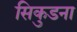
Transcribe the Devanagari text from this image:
सिकुडना